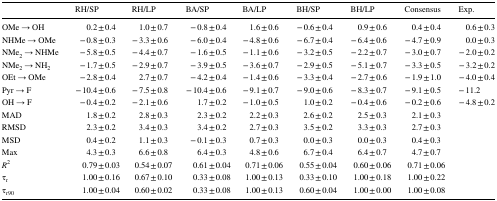
<table><thead><tr><td></td><td><b>RH/SP</b></td><td><b>RH/LP</b></td><td><b>BA/SP</b></td><td><b>BA/LP</b></td><td><b>BH/SP</b></td><td><b>BH/LP</b></td><td><b>Consensus</b></td><td><b>Exp.</b></td></tr></thead><tbody><tr><td>OMe → OH</td><td>0.2 ± 0.4</td><td>1.0 ± 0.7</td><td>− 0.8 ± 0.4</td><td>1.6 ± 0.6</td><td>− 0.6 ± 0.4</td><td>0.9 ± 0.6</td><td>0.4 ± 0.4</td><td>0.6 ± 0.3</td></tr><tr><td>NHMe → OMe</td><td>− 0.8 ± 0.3</td><td>− 3.3 ± 0.6</td><td>− 6.0 ± 0.4</td><td>− 4.8 ± 0.6</td><td>− 6.7 ± 0.4</td><td>− 6.4 ± 0.6</td><td>− 4.7 ± 0.9</td><td>0.0 ± 0.3</td></tr><tr><td>NMe<sub>2</sub> → NHMe</td><td>− 5.8 ± 0.5</td><td>− 4.4 ± 0.7</td><td>− 1.6 ± 0.5</td><td>− 1.1 ± 0.6</td><td>− 3.2 ± 0.5</td><td>− 2.2 ± 0.7</td><td>− 3.0 ± 0.7</td><td>− 2.0 ± 0.2</td></tr><tr><td>NMe<sub>2</sub> → NH<sub>2</sub></td><td>− 1.7 ± 0.5</td><td>− 2.9 ± 0.7</td><td>− 3.9 ± 0.5</td><td>− 3.6 ± 0.7</td><td>− 2.9 ± 0.5</td><td>− 5.1 ± 0.7</td><td>− 3.3 ± 0.5</td><td>− 3.2 ± 0.2</td></tr><tr><td>OEt → OMe</td><td>− 2.8 ± 0.4</td><td>2.7 ± 0.7</td><td>− 4.2 ± 0.4</td><td>− 1.4 ± 0.6</td><td>− 3.3 ± 0.4</td><td>− 2.7 ± 0.6</td><td>− 1.9 ± 1.0</td><td>− 4.0 ± 0.4</td></tr><tr><td>Pyr → F</td><td>− 10.4 ± 0.6</td><td>− 7.5 ± 0.8</td><td>− 10.4 ± 0.6</td><td>− 9.1 ± 0.7</td><td>− 9.0 ± 0.6</td><td>− 8.3 ± 0.7</td><td>− 9.1 ± 0.5</td><td>− 11.2</td></tr><tr><td>OH → F</td><td>− 0.4 ± 0.2</td><td>− 2.1 ± 0.6</td><td>1.7 ± 0.2</td><td>− 1.0 ± 0.5</td><td>1.0 ± 0.2</td><td>− 0.4 ± 0.6</td><td>− 0.2 ± 0.6</td><td>− 4.8 ± 0.2</td></tr><tr><td>MAD</td><td>1.8 ± 0.2</td><td>2.8 ± 0.3</td><td>2.3 ± 0.2</td><td>2.2 ± 0.3</td><td>2.6 ± 0.2</td><td>2.5 ± 0.3</td><td>2.1 ± 0.3</td><td></td></tr><tr><td>RMSD</td><td>2.3 ± 0.2</td><td>3.4 ± 0.3</td><td>3.4 ± 0.2</td><td>2.7 ± 0.3</td><td>3.5 ± 0.2</td><td>3.3 ± 0.3</td><td>2.7 ± 0.3</td><td></td></tr><tr><td>MSD</td><td>0.4 ± 0.2</td><td>1.1 ± 0.3</td><td>− 0.1 ± 0.3</td><td>0.7 ± 0.3</td><td>0.0 ± 0.3</td><td>0.0 ± 0.3</td><td>0.4 ± 0.3</td><td></td></tr><tr><td>Max</td><td>4.3 ± 0.3</td><td>6.6 ± 0.8</td><td>6.4 ± 0.3</td><td>4.8 ± 0.6</td><td>6.7 ± 0.4</td><td>6.4 ± 0.7</td><td>4.7 ± 0.7</td><td></td></tr><tr><td><i>R</i><sup>2</sup></td><td>0.79 ± 0.03</td><td>0.54 ± 0.07</td><td>0.61 ± 0.04</td><td>0.71 ± 0.06</td><td>0.55 ± 0.04</td><td>0.60 ± 0.06</td><td>0.71 ± 0.06</td><td></td></tr><tr><td>τ<sub>r</sub></td><td>1.00 ± 0.16</td><td>0.67 ± 0.10</td><td>0.33 ± 0.08</td><td>1.00 ± 0.13</td><td>0.33 ± 0.10</td><td>1.00 ± 0.18</td><td>1.00 ± 0.22</td><td></td></tr><tr><td>τ<sub>r90</sub></td><td>1.00 ± 0.04</td><td>0.60 ± 0.02</td><td>0.33 ± 0.08</td><td>1.00 ± 0.13</td><td>0.60 ± 0.04</td><td>1.00 ± 0.00</td><td>1.00 ± 0.08</td><td></td></tr></tbody></table>